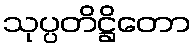
သုပ္ပတိဋ္ဌိတော